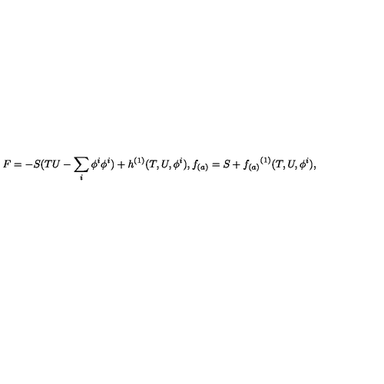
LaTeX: F = - S ( T U - \sum _ { i } \phi ^ { i } \phi ^ { i } ) + { h } ^ { ( 1 ) } ( T , U , \phi ^ { i } ) , f _ { ( a ) } = S + { f _ { ( a ) } } ^ { ( 1 ) } ( T , U , \phi ^ { i } ) ,